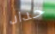
حداد